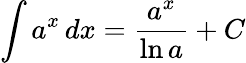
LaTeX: \int a^{x}\, dx={\frac{a^{x}}{\ln a}}+C